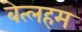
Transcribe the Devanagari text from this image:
बेत्लहम